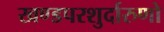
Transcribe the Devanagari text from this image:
खण्डपरशुर्दारुणो